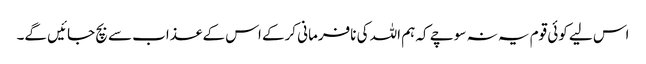
اس لیے کوئی قوم یہ نہ سوچے کہ ہم اللہ کی نافرمانی کرکے اس کے عذاب سے بچ جائیں گے۔